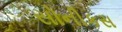
સોનીકસ